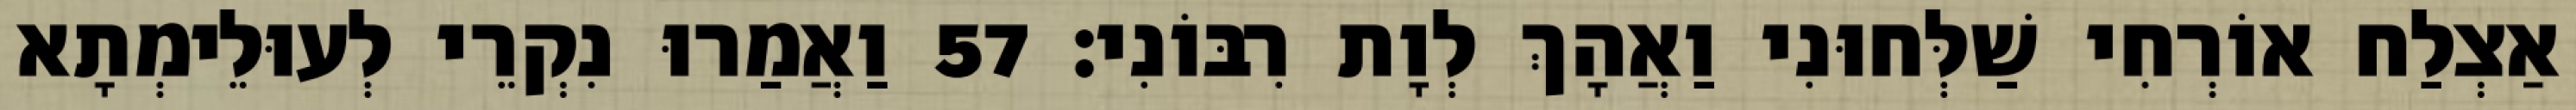
אַצְלַח אוֹרְחִי שַׁלְּחוּנִי וַאֲהָךְ לְוָת רִבּוֹנִי׃ 57 וַאֲמַרוּ נִקְרֵי לְעוּלֵימְתָא